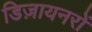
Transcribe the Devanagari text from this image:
डिज़ायनरों